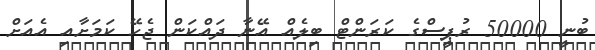
ބުނީ 50000 ރުޕީސްގެ ކަރަންޓް ބިލެއް އޭނާ ދައްކަން ޖެހޭ ކަމަށާއި އެއަށް